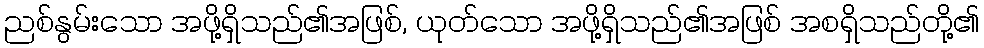
ညစ်နွမ်းသော အဖို့ရှိသည်၏အဖြစ်, ယုတ်သော အဖို့ရှိသည်၏အဖြစ် အစရှိသည်တို့၏